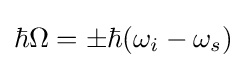
\hbar \Omega =\pm \hbar (\omega _{i}-\omega _{s})